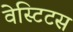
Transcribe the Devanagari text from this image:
वेस्टिटस